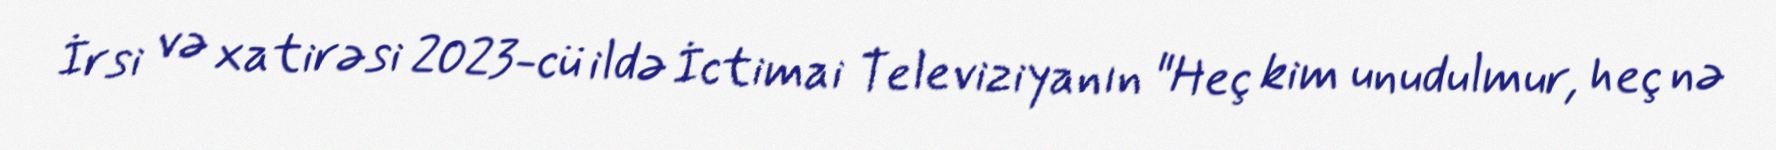
İrsi və xatirəsi 2023-cü ildə İctimai Televiziyanın "Heç kim unudulmur, heç nə